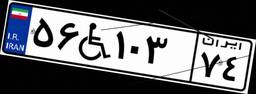
۲۰W۵۸۰۷۱